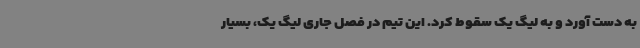
به دست آورد و به لیگ یک سقوط کرد. این تیم در فصل جاری لیگ یک، بسیار